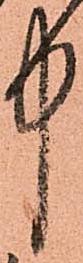
中